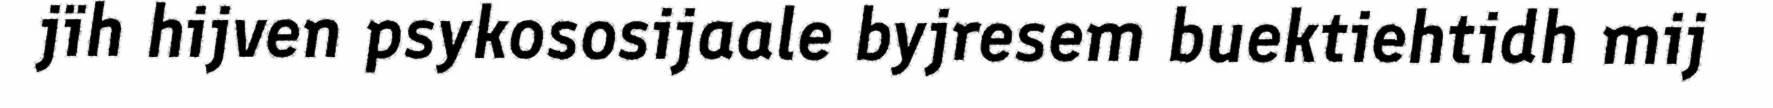
jïh hijven psykososijaale byjresem buektiehtidh mij